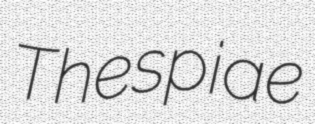
Thespiae